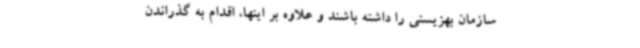
سازمان بهزیستی را داشته باشند و علاوه بر اینها، اقدام به گذراندن